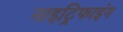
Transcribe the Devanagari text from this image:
नाइट्रिफाइंग